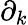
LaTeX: \partial_{k}